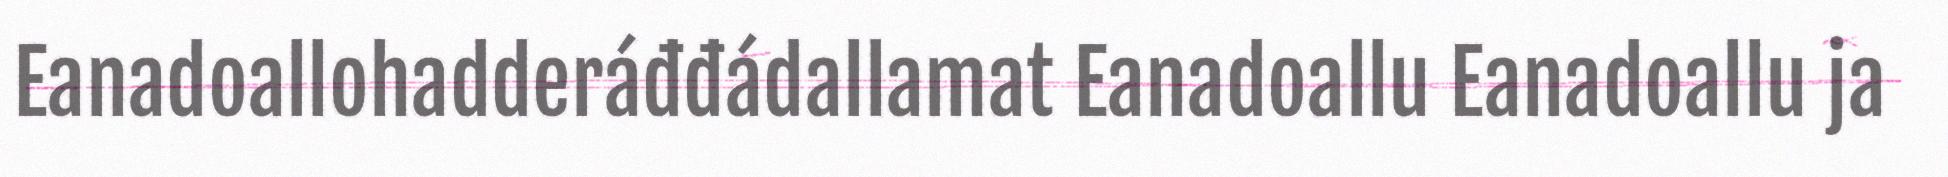
Eanadoallohadderáđđádallamat Eanadoallu Eanadoallu ja